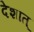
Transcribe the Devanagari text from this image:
देशात्